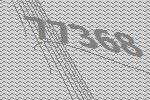
77368